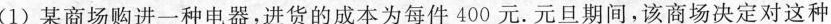
(1)某商场购进一种电器，进货的成本为每件400元。元旦期间，该商场决定对这种